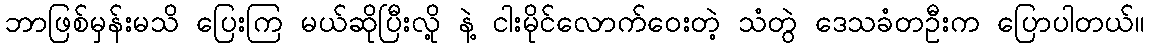
ဘာဖြစ်မှန်းမသိ ပြေးကြ မယ်ဆိုပြီးလို့ နဲ့ ငါးမိုင်လောက်ဝေးတဲ့ သံတွဲ ဒေသခံတဦးက ပြောပါတယ်။